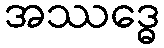
အဿဒ္ဓေ